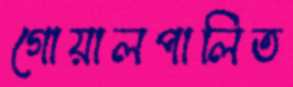
গোয়ালপালিত